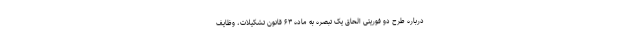
درباره طرح دو فوریتی الحاق یک تبصره به ماده ۶۳ قانون تشکیلات، وظایف